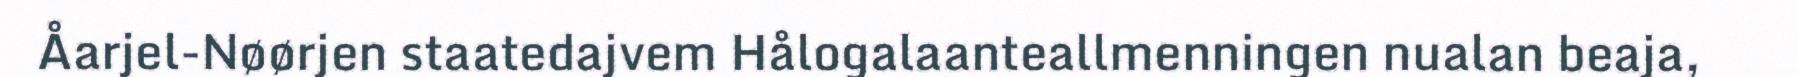
Åarjel-Nøørjen staatedajvem Hålogalaanteallmenningen nualan beaja,